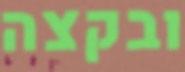
ובקצה